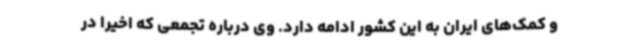
و کمک‌های ایران به این کشور ادامه دارد. وی درباره تجمعی که اخیرا در